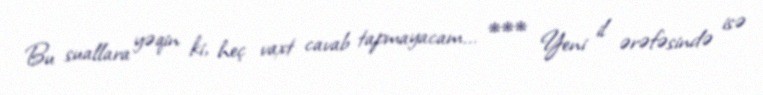
Bu suallara yəqin ki, heç vaxt cavab tapmayacam... *** Yeni il ərəfəsində isə